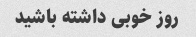
روز خوبی داشته باشید